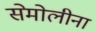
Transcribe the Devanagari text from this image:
सेमोलीना